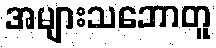
အများသဘောတူ